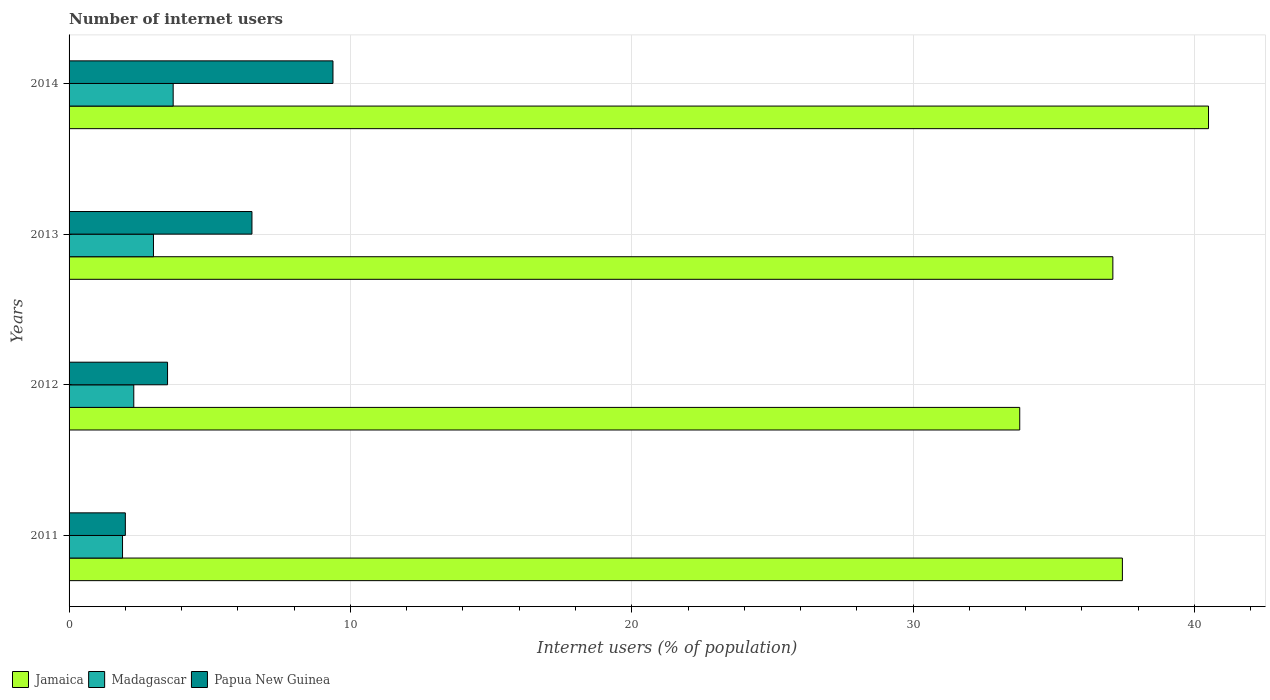
| Years | Jamaica | Madagascar | Papua New Guinea |
 | --- | --- | --- | --- |
 | 2011 | 37.4 | 1.9 | 2 |
 | 2012 | 33.8 | 2.3 | 3.5 |
 | 2013 | 37.1 | 3 | 6.5 |
 | 2014 | 40.5 | 3.7 | 9.38 |